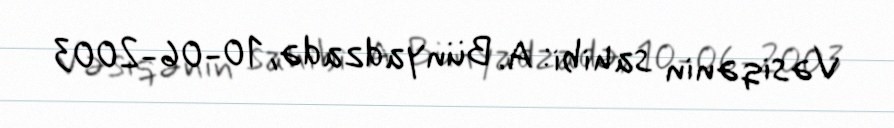
Vəsiqənin sahibi: A. Bünyadzadə, 10-06-2003